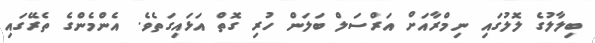
ބިލާލުގެ ލޮލުގައި ނިމްރާއަށް އަރްސަލް ބަލަން ހުރި ގޮތް އަޅައިގަތެވެ. އެންމެންގެ ތެރޭގައި